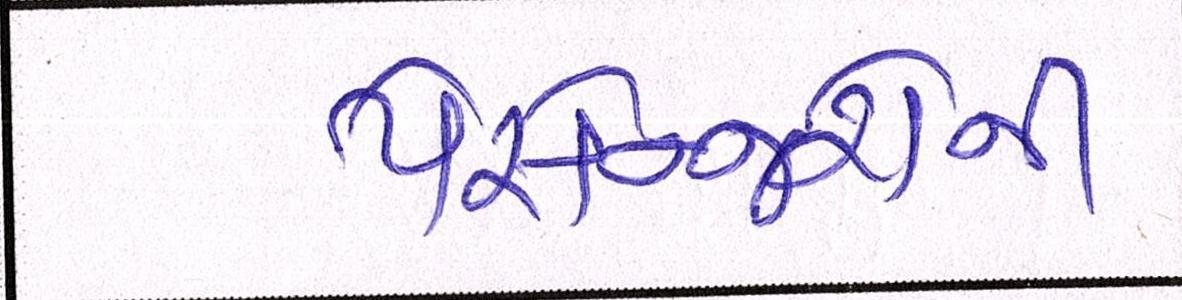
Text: પેસેન્જરોની